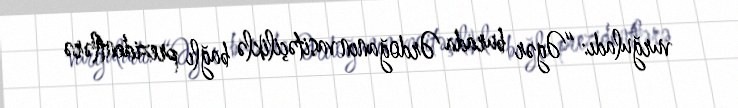
vurğuladı: “Əgər burada Ərdoğanın vasitəçiliklə bağlı prezidentlərə